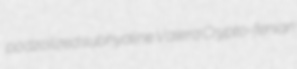
podzolized subhyaline Valera Crypto-fenian